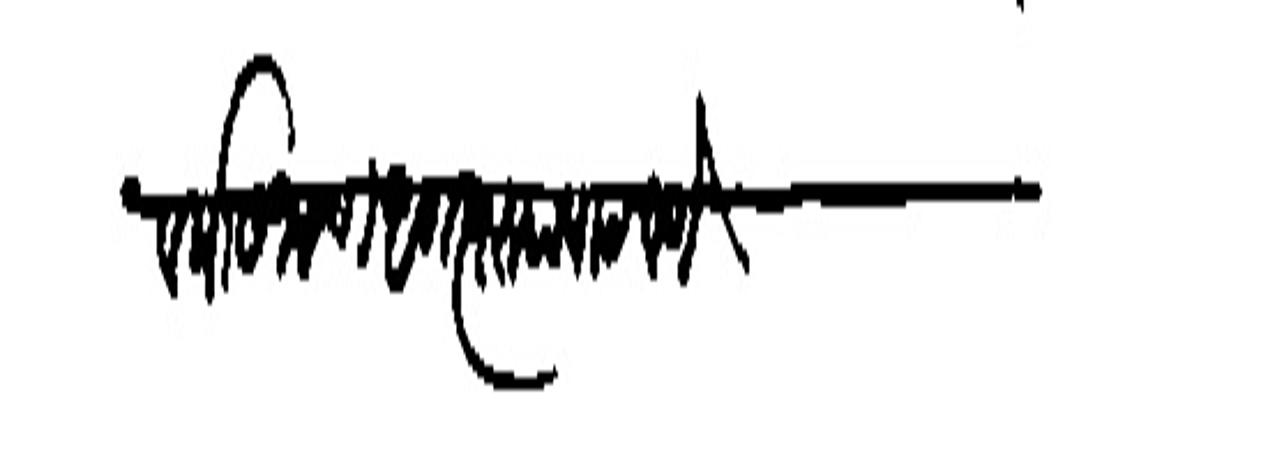
Transliteration (Devanagari): वर्षासनाची अगत्यरप पाठवणे